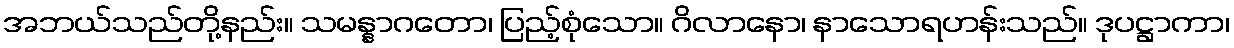
အဘယ်သည်တို့နည်း။ သမန္နာဂတော၊ ပြည့်စုံသော။ ဂိလာနော၊ နာသောရဟန်းသည်။ ဒုပဋ္ဌာကာ၊